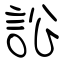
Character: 訟